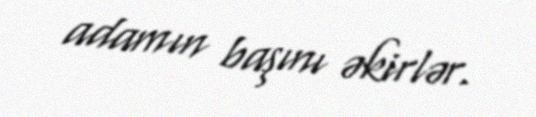
adamın başını əkirlər.